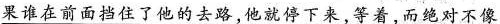
果谁在前面挡住了他的去路，他就停下来，等着，而绝对不像